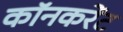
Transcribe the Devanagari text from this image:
कॉनकरेंट